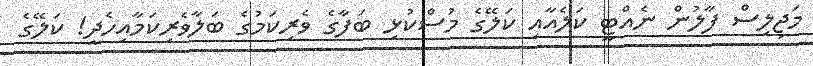
މަޖިލިސް ފާލުން ނެއްޓީ ކަލެއާއި ކަލޭގެ މުސްކުޅި ބަފާގެ ވެރިކަމުގެ ބަލާވެރިކަމާއިހެދީ! ކަލޭގެ